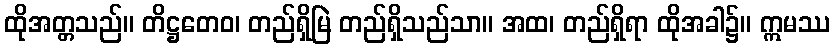
ထိုအတ္တသည်။ တိဋ္ဌတေဝ၊ တည်ရှိမြဲ တည်ရှိသည်သာ။ အထ၊ တည်ရှိရာ ထိုအခါ၌။ ဣမဿ